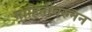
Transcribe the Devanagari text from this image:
माहितीवरुनन